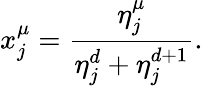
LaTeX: x_{j}^{\mu}=\frac{\eta_{j}^{\mu}}{\eta_{j}^{d}+\eta_{j}^{d+1}}.